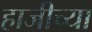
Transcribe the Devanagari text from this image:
हाजीच्या